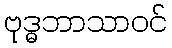
ဗုဒ္ဓဘာသာဝင်